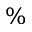
\%